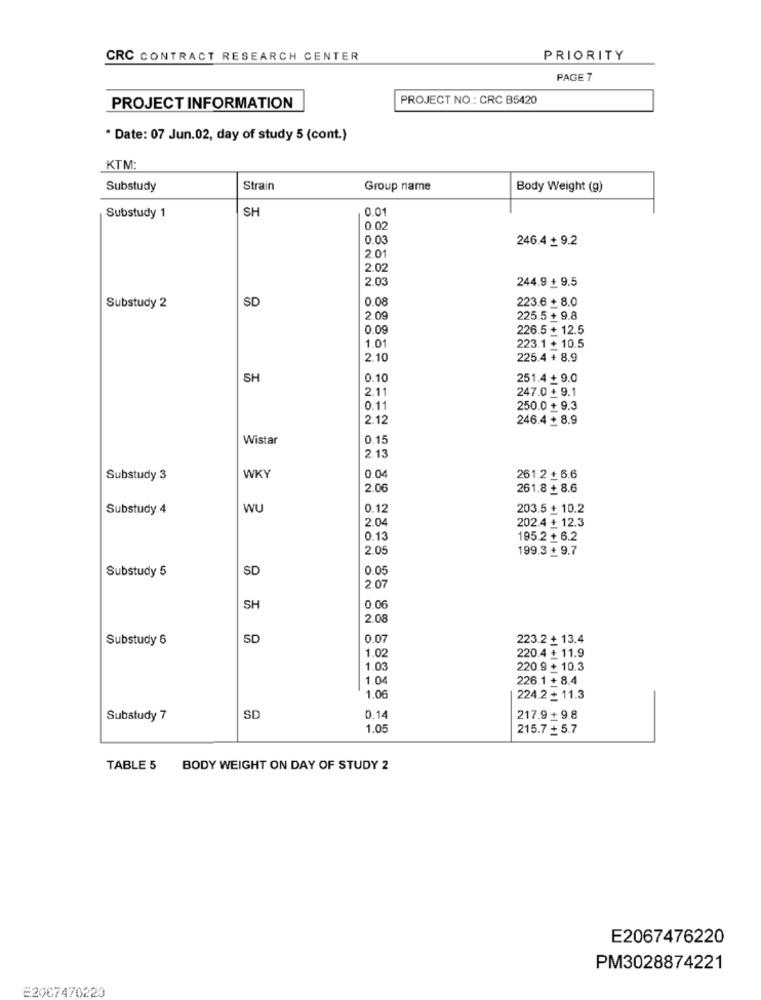
CRC CONTRACT RESEARCH CENTER
PRIORITY
PAGE 7
PROJECT NO .: CRC B5420
PROJECT INFORMATION
* Date: 07 Jun.02, day of study 5 (cont.)
KTM:
Substudy
Strain
Group name
Body Weight (g)
SH
0.01
Substudy 1
0.02
0.0
246.4 + 9.2
2.01
2.02
2.0
244.9 + 9.5
SD
0.08
223.6 + 8.0
Substudy 2
2.0
225.5 + 9.8
0.0
226.5 + 12.5
223.1 + 10.5
1.01
2.10
225.4 + 8.9
SH
0.10
251.4 + 9.0
2.11
247.0 + 9.1
0.1
250.0 + 9.3
2.12
246.4 + 8.9
Wistar
0.15
2.13
0.04
Substudy 3
WKY
261.2 + 6.6
2.06
261.8 + 8.6
Substudy 4
WU
0.12
203.5 + 10.2
2.0
202.4 + 12.3
0.13
195.2+ 6.2
2.05
199.3 + 9.7
Substudy 5
SD
0.05
2.07
SH
0.06
2.00
Substudy 6
SD
0.07
223.2 + 13.4
220.4 + 11.9
1.0
1.03
220.9 + 10.3
1.04
226.1 + 8.4
1.06
224.2 + 11.3
Substudy 7
SD
0.14
217.9+ 9.8
1.05
215.7 + 5.7
TABLE 5 BODY WEIGHT ON DAY OF STUDY 2
E2067476220
PM3028874221
E2007470220